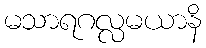
မသာရဂလ္လမယာနိ